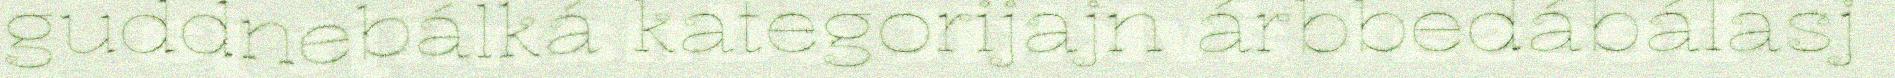
guddnebálká kategorijajn árbbedábálasj